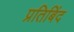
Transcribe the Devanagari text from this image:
प्रतिबिंद